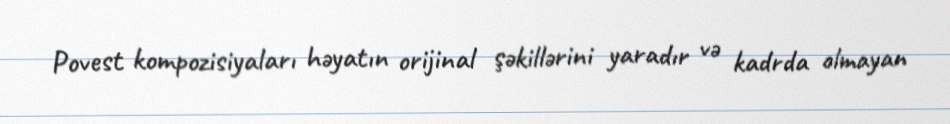
Povest kompozisiyaları həyatın orijinal şəkillərini yaradır və kadrda olmayan